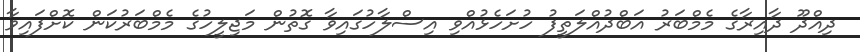
ދިއްދޫ ދާއިރާގެ މެމްބަރު އަބްދުއްލަތީފު ހުށަހެޅުއްވި އިސްލާހުގައިވާ ގޮތުން މަޖިލީހުގެ މެމްބަރުކަން ކޮށްފައިވާ